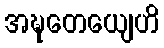
အဍ္ဎတေယျေဟိ